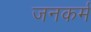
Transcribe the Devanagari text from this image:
जनकर्म